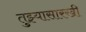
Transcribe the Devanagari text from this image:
तुझ्यासारखी